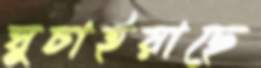
ঘুচাইয়াছে